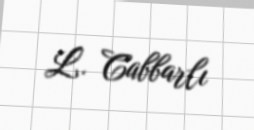
L. Cabbarlı